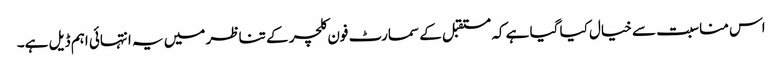
اس مناسبت سے خیال کیا گیا ہے کہ مستقبل کے سمارٹ فون کلچر کے تناظر میں یہ انتہائی اہم ڈیل ہے۔